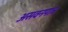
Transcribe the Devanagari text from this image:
असवनपात्र